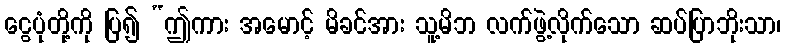
ငွေပုံတို့ကို ပြ၍ “ဤကား အမောင့် မိခင်အား သူ့မိဘ လက်ဖွဲ့လိုက်သော ဆပ်ပြာဘိုးသာ၊